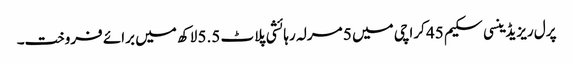
پرل ریزیڈینسی سکیم 45 کراچی میں 5 مرلہ رہائشی پلاٹ 5.5 لاکھ میں برائے فروخت۔